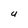
Character: U